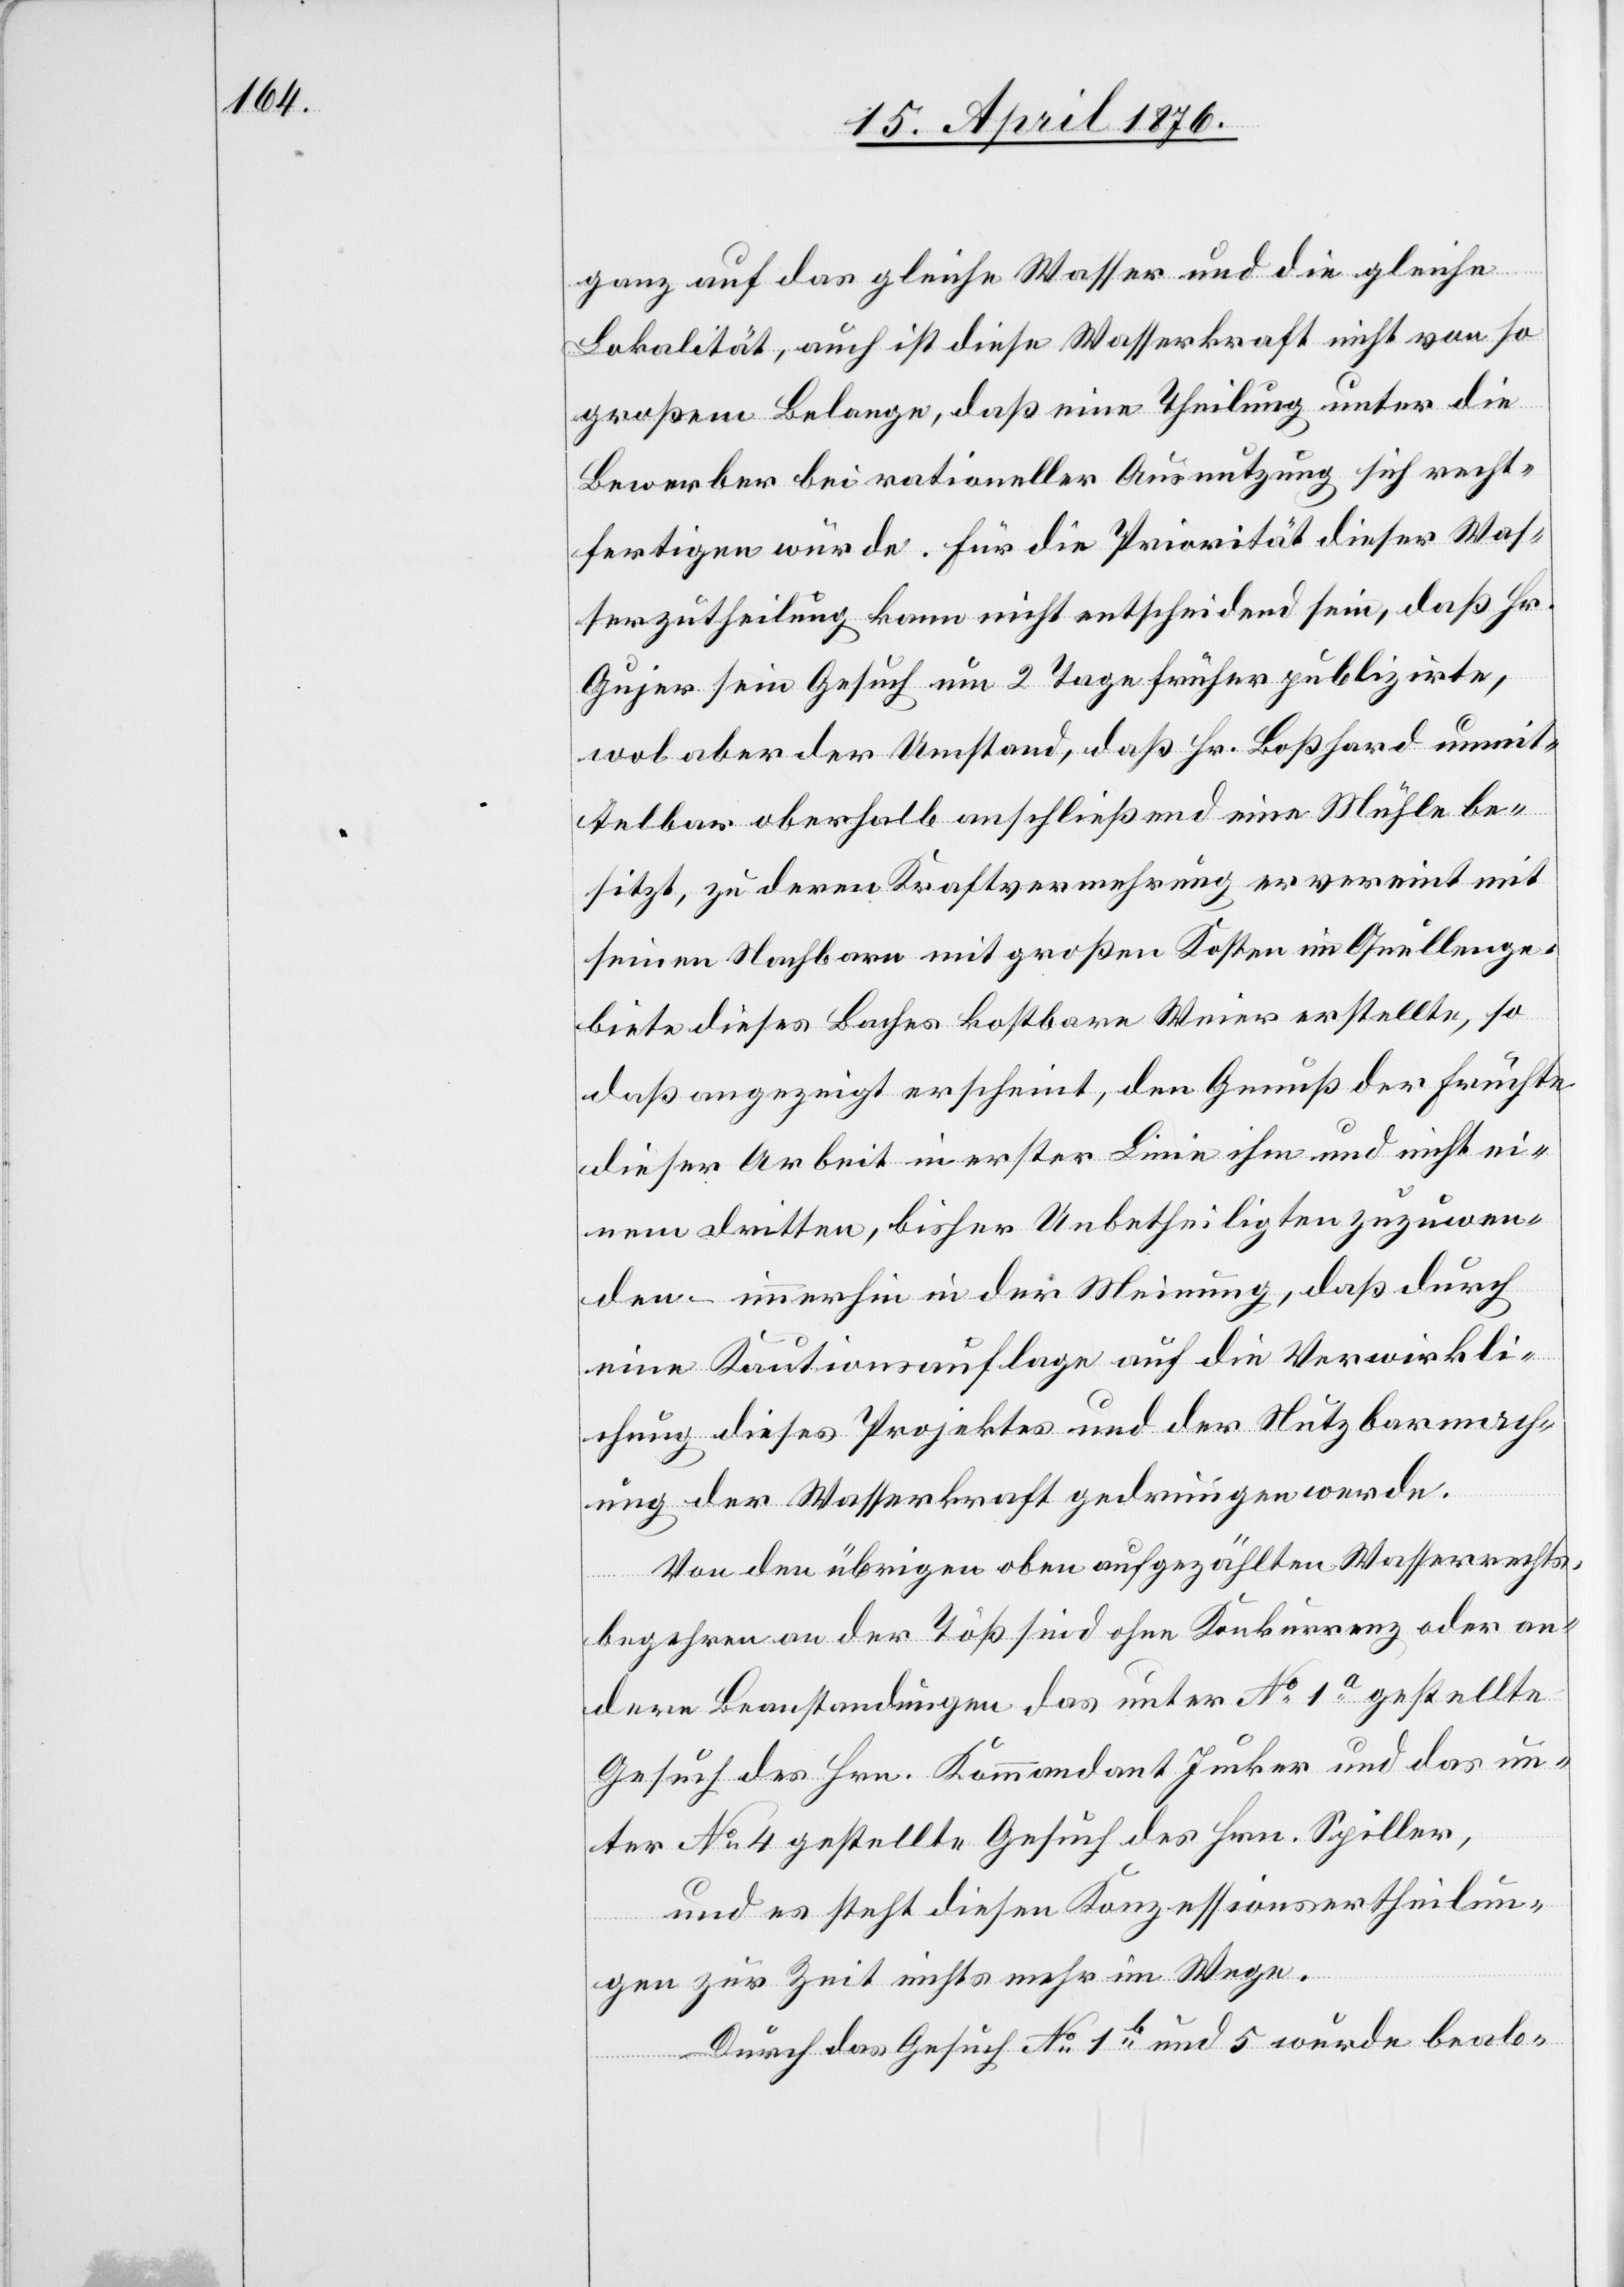
ganz auf das gleiche Wasser und die gleiche
Lokalität, auch ist diese Wasserkraft nicht von so
großem Belange, daß eine Theilung unter die
Bewerber bei rationeller Ausnutzung sich recht¬
fertigen würde. Für die Priorität dieser Was¬
serzutheilung kann nicht entscheidend sein, daß Hr.
Gujer sein Gesuch um 2 Tage früher publizirte,
wol aber der Umstand, daß Hr. Boßhard unmit¬
telbar oberhalb anschließend eine Mühle be¬
sitzt, zu deren Kraftvermehrung er vereint mit
seinem Nachbarn mit großen Kosten im Quellenge¬
biete dieses Baches kostbare Weier erstellte, so
daß angezeigt erscheint, den Genuß der Früchte
dieser Arbeit in erster Linie ihm und nicht ei¬
nem dritten, bisher Unbetheiligten zuzuwen¬
den – immerhin in der Meinung, daß durch
eine Kautionsauflage auf die Verwirkli¬
chung dieses Projektes und der Nutzbarmach¬
ung der Wasserkraft gedrungen werde.
Von den übrigen oben aufgezählten Wasserrechts¬
begehren an der Töß sind ohne Konkurrenz oder an¬
dere Beanstandungen das unter No 1a gestellte
Gesuch des Hrn. Kommandant Jucker und des un¬
ter No 4 gestellte Gesuch des Hrn. Spiller,
und es steht diesen Konzessionsertheilun¬
gen zur Zeit nichts mehr im Wege.
Durch das Gesuch No 1b und 5 wurde beab-